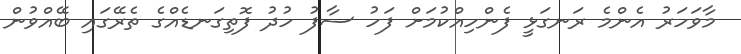
މާވަހަރު އެންމެ ރަނގަޅީ ފެންހިއްކުމަށް ފަހު ސާފު ހުދު ފޮތިގަނޑެއްގެ ތެރޭގައި ބޭއްވުން